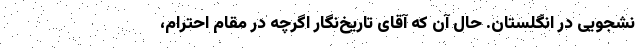
نشجویی در انگلستان. حال آن که آقای تاریخ‌نگار اگرچه در مقام احترام،